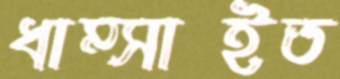
ধাম্‌সাইত